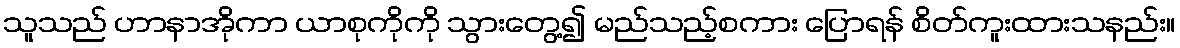
သူသည် ဟာနာအိုကာ ယာစုကိုကို သွားတွေ့၍ မည်သည့်စကား ပြောရန် စိတ်ကူးထားသနည်း။